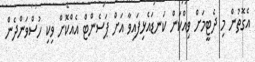
އެގޮތުން މި ދެޓީމަށް ވިއްކަން ކަނޑައެޅިފައިވާ އަށް ޕަސެންޓް އެއްކޮށް ވިކި ހުސްވަންދެން